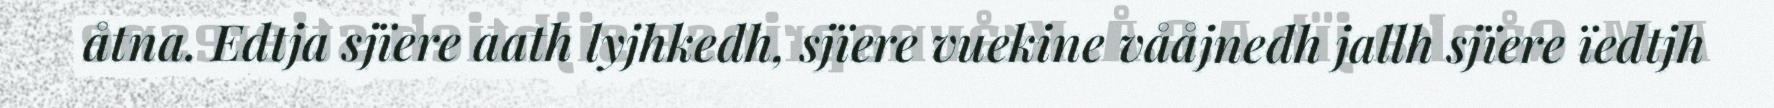
åtna. Edtja sjïere aath lyjhkedh, sjïere vuekine vååjnedh jallh sjïere ïedtjh